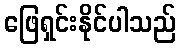
ဖြေရှင်းနိုင်ပါသည်